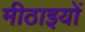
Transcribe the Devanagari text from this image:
मीठाइयों